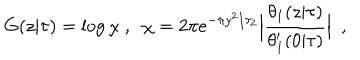
G ( z \vert \tau ) = \log \chi \ , \ \ \chi = 2 \pi e ^ { - \pi y ^ { 2 } / \tau _ { 2 } } \Bigl \vert { \frac { \theta _ { 1 } ( z \vert \tau ) } { \theta _ { 1 } ^ { \prime } ( 0 \vert \tau ) } } \Bigr \vert \ \ ,